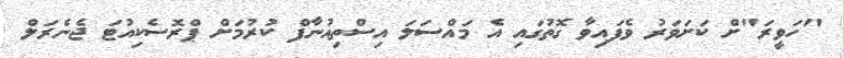
"ހަވީރަ"ށް ކަށަވަރު ވެފައިވާ ގޮތުގައި އެ މައްސަލަ އިސްތިއުނާފް ކުރުމަށް ޕްރޮސެކިއުޓަ ޖެނެރަލް